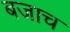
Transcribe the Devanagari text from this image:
बजाच